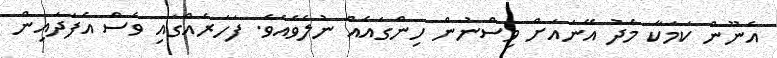
އެނޫން ކަމަކާ މެދު އޭނައަށް ވިސްނުން ހިންގައެއް ނުލެވެއެވެ. ފަހަރެއްގައި ވެސް އެފަދައިން